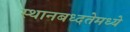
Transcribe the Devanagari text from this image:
स्थानबध्दतेमध्ये